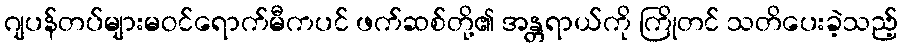
ဂျပန်တပ်များမဝင်ရောက်မီကပင် ဖက်ဆစ်တို့၏ အန္တရာယ်ကို ကြိုတင် သတိပေးခဲ့သည့်